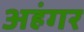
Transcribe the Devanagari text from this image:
अहंगर